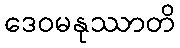
ဒေဝမနုဿာတိ